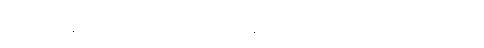
ရိုင်း၊ ခဲ နဲ့ ခဲသတ္တု ရိုင်း၊ ပင်လယ်စာ တင်ပို့မှုတို့ ဖြစ်ပါတယ်။